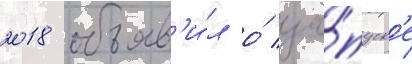
2018 объяв'и́л о́ за́пуск'е